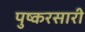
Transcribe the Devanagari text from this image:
पुष्करसारी